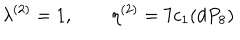
LaTeX: \lambda ^ { ( 2 ) } = 1 , \qquad \eta ^ { ( 2 ) } = 7 c _ { 1 } ( d P _ { 8 } )